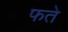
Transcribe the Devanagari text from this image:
फते